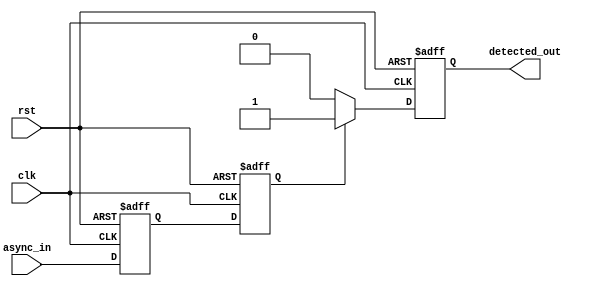
module dual_ff_detector (
    input wire clk,         // Clock input
    input wire rst,         // Asynchronous reset
    input wire async_in,    // Asynchronous input signal
    output reg detected_out  // Output signal indicating pattern detection
);

// Internal flip-flops for synchronization
reg ff1;
reg ff2;

// Pattern to detect (example: `1` for high signal)
parameter PATTERN = 1'b1;

// Pattern detection logic
always @(posedge clk or posedge rst) begin
    if (rst) begin
        ff1 <= 1'b0;
        ff2 <= 1'b0;
        detected_out <= 1'b0;
    end else begin
        // Synchronize input signal with dual flip-flops
        ff1 <= async_in; // Sample async input at FF1
        ff2 <= ff1;      // Sample FF1 output at FF2

        // Pattern detection logic
        if (ff2 == PATTERN) begin
            detected_out <= 1'b1; // Pattern detected
        end else begin
            detected_out <= 1'b0;  // Reset detection on mismatch
        end
    end
end

endmodule